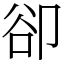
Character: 卻